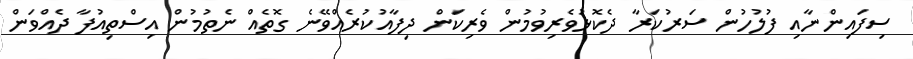
ސިފައިންނާއި ފުލުހުން ސަރުކަރާ ދެކޮޅުވެރިވުމުން ވެރިކަން ދިފާއުކުރެއްވޭނެ ގޮތެއް ނެތުމުން އިސްތިއުފާ ދެއްވަން